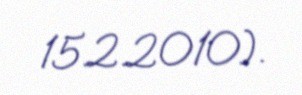
15.2.2010).